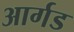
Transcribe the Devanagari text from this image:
आर्गड